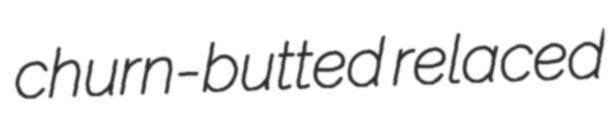
churn-butted relaced